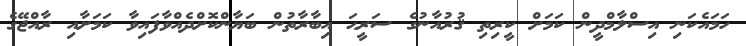
ހަމައެކަނި އިސްލާމްދީން ކަމަށް ކީރިތި ޤުރުއާނުގެ ސަރީޙަ އިބާރާތުން ބަޔާންކޮށްދެއްވާފައިވާ ކަމަށާއި ރާއްޖޭގެ